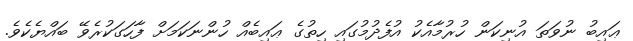
ޢައިބު ނުވަތަ އުނިކަން ހުރުމާއެކު އުފެދުމުގައި ހިތުގެ ޢައިބެއް ހުންނަކަމަށް ފާހަގަކުރެވޭ ބައްޔެކެވެ.